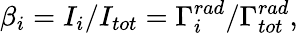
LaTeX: \beta_{i}=I_{i}/I_{tot}=\Gamma_{i}^{rad}/\Gamma_{tot}^{rad},